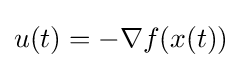
u(t)=-\nabla f(x(t))